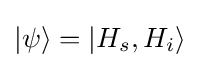
|\psi \rangle =|H_{s},H_{i}\rangle